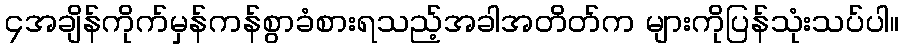
၄အချိန်ကိုက်မှန်ကန်စွာခံစားရသည့်အခါအတိတ်က များကိုပြန်သုံးသပ်ပါ။